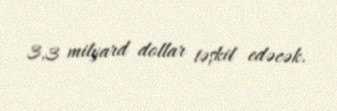
3,3 milyard dollar təşkil edəcək.